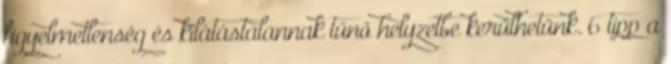
figyelmetlenség és kilátástalannak tűnő helyzetbe kerülhetünk. 6 tipp a